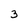
Character: 3